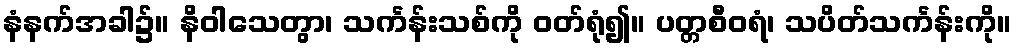
နံနက်အခါ၌။ နိဝါသေတွာ၊ သင်္ကန်းသစ်ကို ဝတ်ရုံ၍။ ပတ္တစီဝရံ၊ သပိတ်သင်္ကန်းကို။